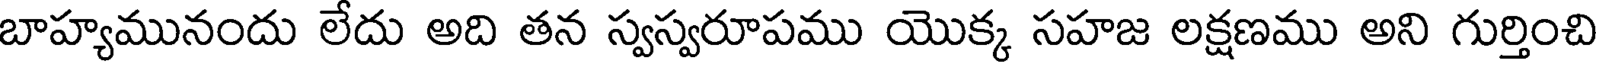
బాహ్యమునందు లేదు అది తన స్వస్వరూపము యొక్క సహజ లక్షణము అని గుర్తించి